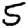
Digit: 5